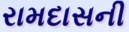
રામદાસની